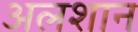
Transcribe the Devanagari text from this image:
अलशान